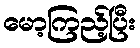
မော့ကြည့်ပြီး